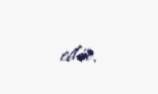
edir.